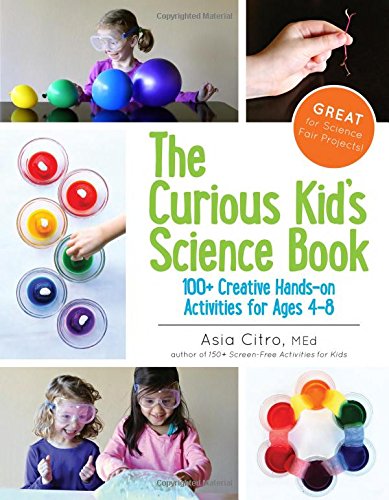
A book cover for The Curious Kid's Science Book: 100+ Creative Hands-On Activities for Ages 4-8; Asia Citro; Parenting & Relationships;